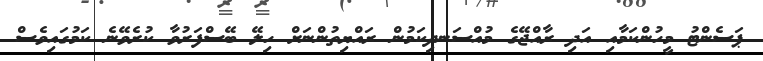
ޕަސެންޓު މީހުންކަމާއި އަދި ރާއްޖޭގެ މުއްސަނދިކަމުން ރައްޔިތުންނަށް ހިލޭ ބޭސްފަރުވާ ކުރެވޭނެ ކަމުގައިވެސް